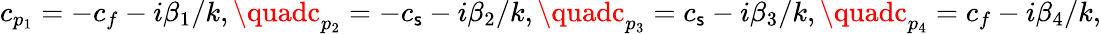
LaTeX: c_{p_{1}}=-c_{f}-i\beta_{1}/k,\quadc_{p_{2}}=-c_{\mathsf{s}}-i\beta_{2}/k,\quadc_{p_{3}}=c_{\mathsf{s}}-i\beta_{3}/k,\quadc_{p_{4}}=c_{f}-i\beta_{4}/k,